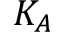
K _ { A }